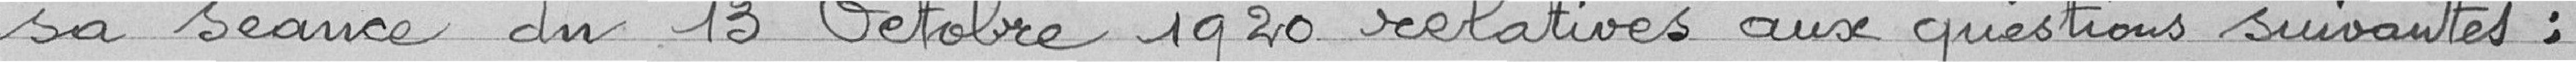
sa séance du 13 octobre 1920 relatives aux questions suivantes :